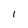
Character: 1